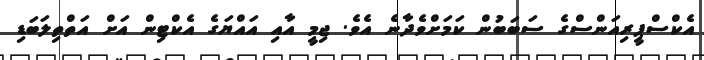
އެކްސްޕީރިއަންސްގެ ސަަބަބުން ކަމަށްވެދާނެ އެވެ. ޖިމީ އާއި އައްޔަގެ އެކްޓިން އަށް އަތްތިލަބަޑި